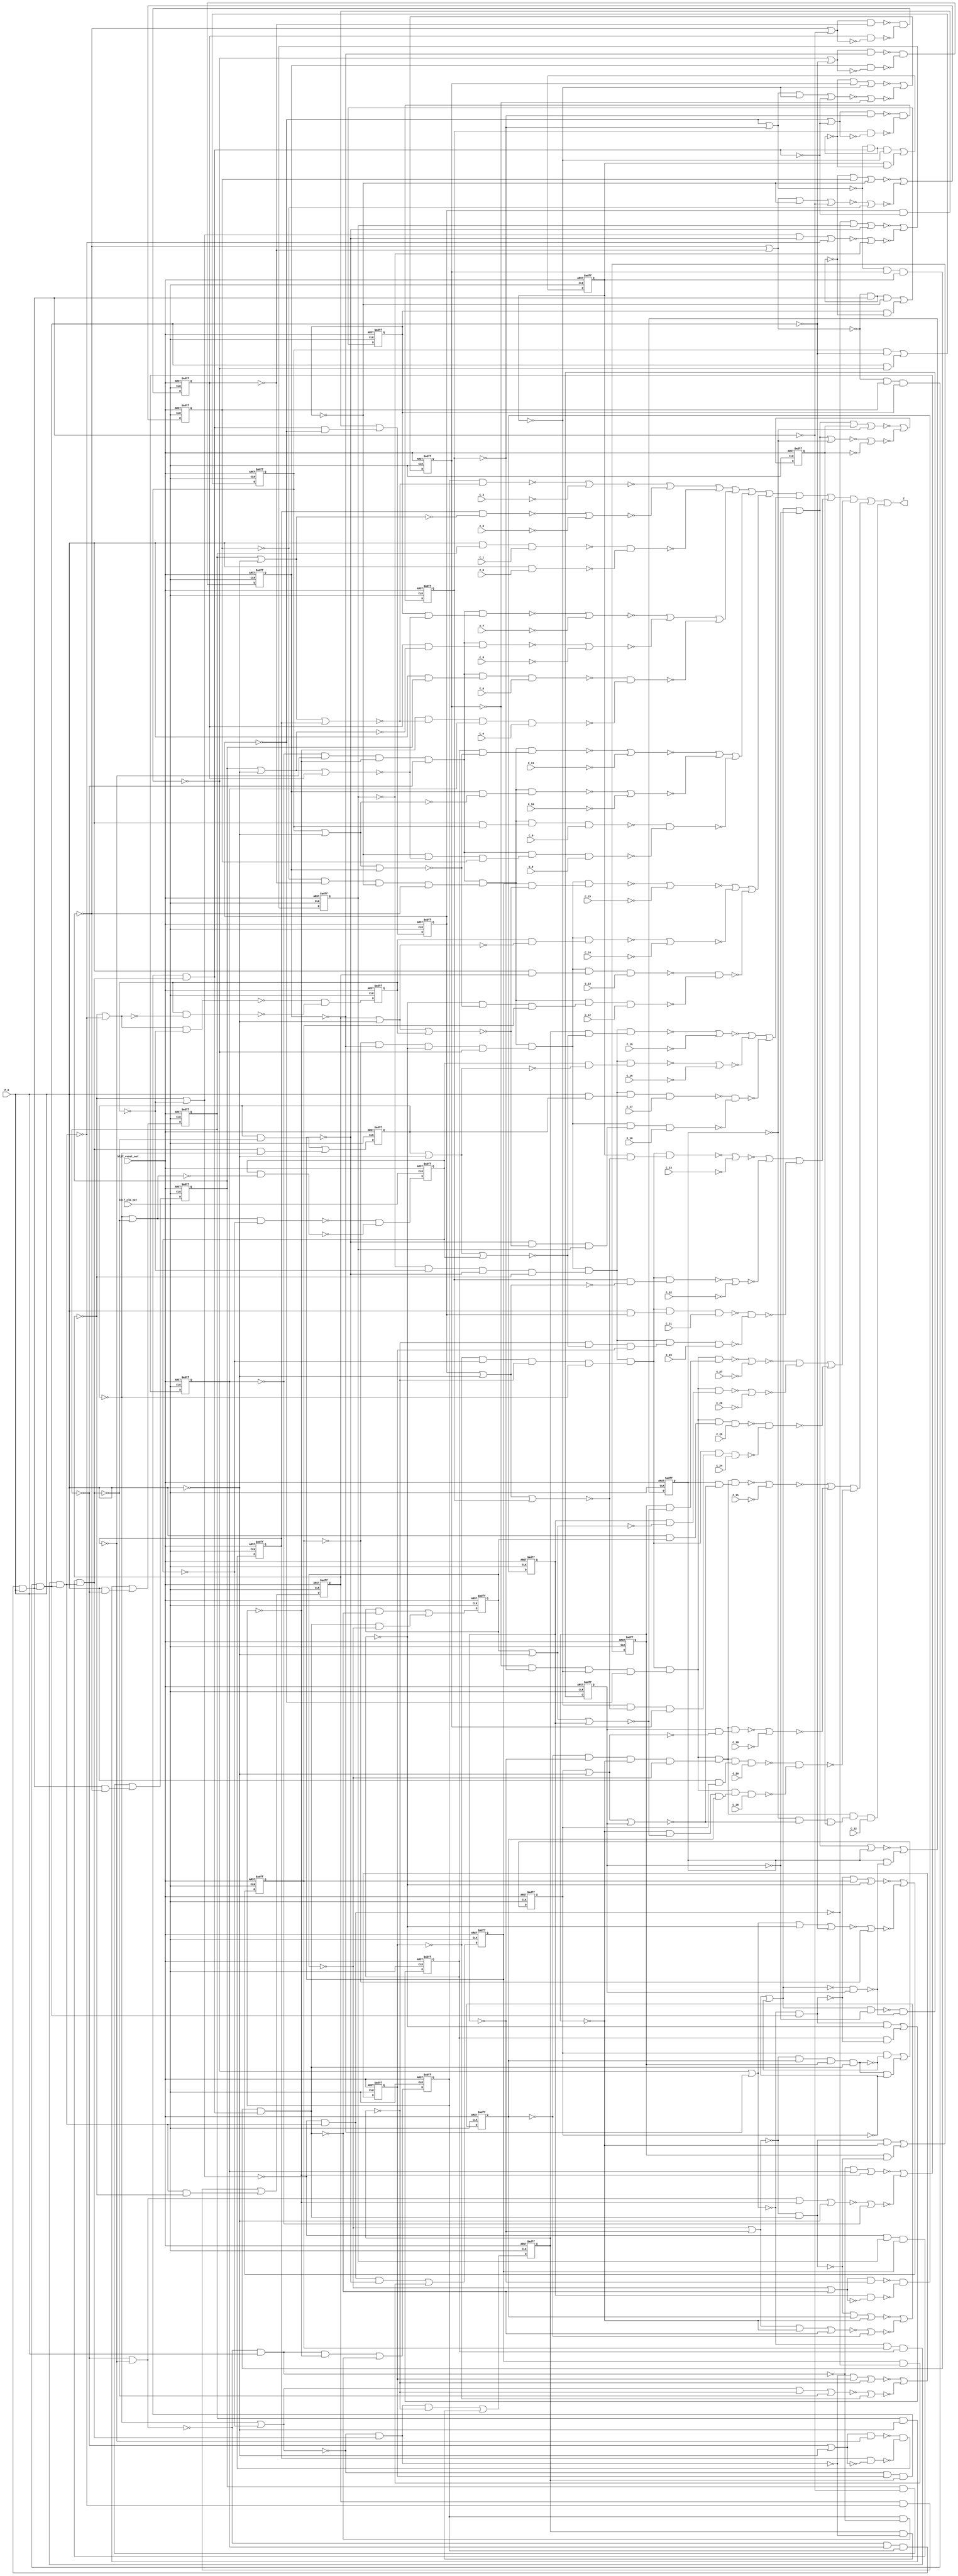
module s838_1_bench(
  blif_clk_net,
  blif_reset_net,
  P_0,
  C_32,
  C_31,
  C_30,
  C_29,
  C_28,
  C_27,
  C_26,
  C_25,
  C_24,
  C_23,
  C_22,
  C_21,
  C_20,
  C_19,
  C_18,
  C_17,
  C_16,
  C_15,
  C_14,
  C_13,
  C_12,
  C_11,
  C_10,
  C_9,
  C_8,
  C_7,
  C_6,
  C_5,
  C_4,
  C_3,
  C_2,
  C_1,
  C_0,
  Z);
input blif_clk_net;
input blif_reset_net;
input P_0;
input C_32;
input C_31;
input C_30;
input C_29;
input C_28;
input C_27;
input C_26;
input C_25;
input C_24;
input C_23;
input C_22;
input C_21;
input C_20;
input C_19;
input C_18;
input C_17;
input C_16;
input C_15;
input C_14;
input C_13;
input C_12;
input C_11;
input C_10;
input C_9;
input C_8;
input C_7;
input C_6;
input C_5;
input C_4;
input C_3;
input C_2;
input C_1;
input C_0;
output Z;
reg X_4;
reg X_3;
reg X_2;
reg X_1;
reg X_8;
reg X_7;
reg X_6;
reg X_5;
reg X_12;
reg X_11;
reg X_10;
reg X_9;
reg X_16;
reg X_15;
reg X_14;
reg X_13;
reg X_20;
reg X_19;
reg X_18;
reg X_17;
reg X_24;
reg X_23;
reg X_22;
reg X_21;
reg X_28;
reg X_27;
reg X_26;
reg X_25;
reg X_32;
reg X_31;
reg X_30;
reg X_29;
wire I949;
wire I1_5;
wire I1194;
wire I658_1;
wire P_7;
wire I1155_1;
wire I752;
wire I105_4;
wire I661_1;
wire I701;
wire I1_6;
wire I497_3;
wire I816;
wire I1106;
wire I1061_5;
wire I556;
wire I465_1;
wire I1243;
wire I578_2;
wire I407;
wire I363;
wire I244;
wire I15;
wire I1083_2;
wire I503;
wire I265;
wire P_16;
wire I1218;
wire I799_7;
wire I193_1;
wire I1061_2;
wire I894;
wire I804_4;
wire I442;
wire I480_3;
wire I699;
wire I874;
wire I595_2;
wire I209;
wire I1150;
wire I269_2;
wire I291_1;
wire I865;
wire P_24;
wire I1062_4;
wire I838;
wire I1159_2;
wire I602;
wire I946;
wire I112;
wire P_30;
wire I578_4;
wire I208;
wire I578_1;
wire I804_3;
wire I801_4;
wire I800_7;
wire I269_1;
wire I595_1;
wire I1195;
wire I186_1;
wire I804_5;
wire I661_2;
wire I801_8;
wire I799_8;
wire I803_2;
wire I683_1;
wire I110;
wire I803_1;
wire I809;
wire I636;
wire I462_1;
wire I1083_1;
wire I164;
wire I389_1;
wire P_14;
wire I1151;
wire I802_7;
wire I504;
wire I111;
wire I1123;
wire I358;
wire I203_1;
wire I497_4;
wire P_25;
wire I1061_4;
wire I864;
wire I306;
wire I844;
wire I1062_3;
wire I804_2;
wire I753;
wire I66;
wire I1_4;
wire I563_3;
wire I7_3;
wire I693_1;
wire I441;
wire I367_1;
wire I601;
wire I465_4;
wire I956;
wire I301_1;
wire I676_3;
wire I1203_1;
wire I1079;
wire I246;
wire I947;
wire I836;
wire I1002;
wire I113;
wire I799_5;
wire I342;
wire I872;
wire I776_1;
wire I69;
wire I1103;
wire I800_2;
wire I652;
wire I921;
wire I950;
wire P_1;
wire I364_1;
wire I7_1;
wire I1146;
wire I801_3;
wire P_2;
wire I676_2;
wire I1207_2;
wire I2_7;
wire I693_2;
wire I770_1;
wire I1_3;
wire I1062_6;
wire I1013;
wire I747;
wire I750;
wire I661_3;
wire I171_4;
wire I803_4;
wire I167;
wire I902;
wire I480_1;
wire I284_2;
wire I502;
wire I258;
wire I978;
wire I105_1;
wire I13;
wire I1_2;
wire I168_1;
wire I301_2;
wire I186_3;
wire I1178;
wire I600;
wire P_22;
wire I1222;
wire I88_2;
wire I654;
wire I73_3;
wire I563_4;
wire I367_4;
wire I203_2;
wire I309;
wire I269_4;
wire P_23;
wire I920;
wire I892;
wire I12;
wire P_9;
wire I1087_2;
wire I497_1;
wire I7_2;
wire I1203_2;
wire I505;
wire I1078;
wire I928;
wire I1003;
wire I800_4;
wire I382_3;
wire I1111_2;
wire I1251_1;
wire I799_4;
wire I801_6;
wire I62;
wire I404;
wire I802_6;
wire I171_3;
wire I186_2;
wire I480_2;
wire I751;
wire I1062_5;
wire I637;
wire I595_3;
wire I803_3;
wire I866;
wire I563_1;
wire I770_2;
wire I264;
wire I1251_2;
wire I356;
wire I1130;
wire I269_3;
wire I578_3;
wire I749;
wire I162;
wire I837;
wire I1061_3;
wire I458;
wire I497_2;
wire I676_1;
wire I1087_1;
wire I540;
wire I203_3;
wire I14;
wire I343;
wire I661_4;
wire P_15;
wire I73_4;
wire I465_3;
wire I88_1;
wire I262;
wire I802_2;
wire P_28;
wire I203_4;
wire I1179_2;
wire I308;
wire I1255_2;
wire I835;
wire I987;
wire I846;
wire I650;
wire I2_6;
wire I903;
wire I977;
wire I922;
wire I88_4;
wire I799_3;
wire I211;
wire I959;
wire I2_2;
wire I801_5;
wire I456;
wire I890;
wire I803_5;
wire P_4;
wire I1131_1;
wire I399_4;
wire I147;
wire I1226;
wire P_11;
wire I554;
wire P_20;
wire I806;
wire I1250;
wire I146;
wire I770_3;
wire I563_2;
wire I810;
wire I405;
wire I461;
wire I1242;
wire I1062_8;
wire I700;
wire I382_2;
wire I693_4;
wire I73_1;
wire P_6;
wire I105_3;
wire I1004;
wire I560_1;
wire I367_2;
wire I918;
wire I1247;
wire P_3;
wire I803_6;
wire I1255_1;
wire I160;
wire I307;
wire I171_1;
wire I1159_1;
wire I2_3;
wire I863;
wire I800_6;
wire I284_1;
wire I930;
wire I559;
wire I693_3;
wire I1199;
wire I245;
wire I799_2;
wire I847;
wire I1231_2;
wire I552;
wire I1207_1;
wire I976;
wire I755_1;
wire P_29;
wire I1135_1;
wire I1135_2;
wire I802_3;
wire I802_8;
wire I1155_2;
wire I595_4;
wire I539;
wire I900;
wire I1102;
wire P_21;
wire I1111_1;
wire I367_3;
wire I406;
wire I360;
wire I958;
wire I1062_7;
wire I382_1;
wire I1147;
wire I1_8;
wire I1126;
wire I984;
wire I893;
wire I1014;
wire I399_3;
wire P_13;
wire I105_2;
wire I818;
wire I171_2;
wire I1154;
wire I399_1;
wire I1005;
wire I1223;
wire I800_3;
wire I808;
wire P_26;
wire I758_1;
wire I1122;
wire I487_1;
wire I1062_2;
wire I1061_1;
wire I88_3;
wire I465_2;
wire P_10;
wire I50;
wire I73_2;
wire I803_7;
wire I1006;
wire I399_2;
wire I440;
wire I801_7;
wire I301_3;
wire I538;
wire I480_4;
wire I802_4;
wire I1183_1;
wire I1075;
wire I779_1;
wire I800_8;
wire I1198;
wire I770_4;
wire P_17;
wire I657;
wire I1174;
wire I1107_2;
wire I186_4;
wire I585_1;
wire I1062_9;
wire I737;
wire I975;
wire I49;
wire I64;
wire I1127;
wire I558;
wire I804_6;
wire I260;
wire I382_4;
wire I148;
wire P_31;
wire I1061_7;
wire I1231_1;
wire I931;
wire I948;
wire I301_4;
wire I1227_2;
wire P_18;
wire I1171;
wire I95_1;
wire I284_4;
wire I166;
wire I7_4;
wire I986;
wire I1_7;
wire I1061_8;
wire I1175;
wire I1011;
wire P_8;
wire I801_2;
wire I1107_1;
wire I676_4;
wire I1098;
wire I2_5;
wire I819;
wire I807;
wire I68;
wire I638;
wire I1246;
wire I834;
wire I1074;
wire I891;
wire I799_6;
wire I1131_2;
wire I1183_2;
wire I656;
wire I460;
wire P_27;
wire I362;
wire I802_5;
wire I344;
wire P_12;
wire I875;
wire I1170;
wire I736;
wire I2_4;
wire I919;
wire I1061_6;
wire I210;
wire I70_1;
wire I804_7;
wire I454;
wire I1179_1;
wire I1219;
wire I800_5;
wire I284_3;
wire I2_1;
wire I266_1;
wire I1227_1;
wire P_32;
wire I1099;
wire I1082;
wire I1202;
wire I603;
wire I698;
wire P_19;
wire P_5;
wire I974;
wire I862;
wire I48;
always @(posedge blif_clk_net or posedge blif_reset_net)
  if(blif_reset_net == 1)
    X_4 <= 0;
  else
    X_4 <= I12;
always @(posedge blif_clk_net or posedge blif_reset_net)
  if(blif_reset_net == 1)
    X_3 <= 0;
  else
    X_3 <= I13;
always @(posedge blif_clk_net or posedge blif_reset_net)
  if(blif_reset_net == 1)
    X_2 <= 0;
  else
    X_2 <= I14;
always @(posedge blif_clk_net or posedge blif_reset_net)
  if(blif_reset_net == 1)
    X_1 <= 0;
  else
    X_1 <= I15;
always @(posedge blif_clk_net or posedge blif_reset_net)
  if(blif_reset_net == 1)
    X_8 <= 0;
  else
    X_8 <= I110;
always @(posedge blif_clk_net or posedge blif_reset_net)
  if(blif_reset_net == 1)
    X_7 <= 0;
  else
    X_7 <= I111;
always @(posedge blif_clk_net or posedge blif_reset_net)
  if(blif_reset_net == 1)
    X_6 <= 0;
  else
    X_6 <= I112;
always @(posedge blif_clk_net or posedge blif_reset_net)
  if(blif_reset_net == 1)
    X_5 <= 0;
  else
    X_5 <= I113;
always @(posedge blif_clk_net or posedge blif_reset_net)
  if(blif_reset_net == 1)
    X_12 <= 0;
  else
    X_12 <= I208;
always @(posedge blif_clk_net or posedge blif_reset_net)
  if(blif_reset_net == 1)
    X_11 <= 0;
  else
    X_11 <= I209;
always @(posedge blif_clk_net or posedge blif_reset_net)
  if(blif_reset_net == 1)
    X_10 <= 0;
  else
    X_10 <= I210;
always @(posedge blif_clk_net or posedge blif_reset_net)
  if(blif_reset_net == 1)
    X_9 <= 0;
  else
    X_9 <= I211;
always @(posedge blif_clk_net or posedge blif_reset_net)
  if(blif_reset_net == 1)
    X_16 <= 0;
  else
    X_16 <= I306;
always @(posedge blif_clk_net or posedge blif_reset_net)
  if(blif_reset_net == 1)
    X_15 <= 0;
  else
    X_15 <= I307;
always @(posedge blif_clk_net or posedge blif_reset_net)
  if(blif_reset_net == 1)
    X_14 <= 0;
  else
    X_14 <= I308;
always @(posedge blif_clk_net or posedge blif_reset_net)
  if(blif_reset_net == 1)
    X_13 <= 0;
  else
    X_13 <= I309;
always @(posedge blif_clk_net or posedge blif_reset_net)
  if(blif_reset_net == 1)
    X_20 <= 0;
  else
    X_20 <= I404;
always @(posedge blif_clk_net or posedge blif_reset_net)
  if(blif_reset_net == 1)
    X_19 <= 0;
  else
    X_19 <= I405;
always @(posedge blif_clk_net or posedge blif_reset_net)
  if(blif_reset_net == 1)
    X_18 <= 0;
  else
    X_18 <= I406;
always @(posedge blif_clk_net or posedge blif_reset_net)
  if(blif_reset_net == 1)
    X_17 <= 0;
  else
    X_17 <= I407;
always @(posedge blif_clk_net or posedge blif_reset_net)
  if(blif_reset_net == 1)
    X_24 <= 0;
  else
    X_24 <= I502;
always @(posedge blif_clk_net or posedge blif_reset_net)
  if(blif_reset_net == 1)
    X_23 <= 0;
  else
    X_23 <= I503;
always @(posedge blif_clk_net or posedge blif_reset_net)
  if(blif_reset_net == 1)
    X_22 <= 0;
  else
    X_22 <= I504;
always @(posedge blif_clk_net or posedge blif_reset_net)
  if(blif_reset_net == 1)
    X_21 <= 0;
  else
    X_21 <= I505;
always @(posedge blif_clk_net or posedge blif_reset_net)
  if(blif_reset_net == 1)
    X_28 <= 0;
  else
    X_28 <= I600;
always @(posedge blif_clk_net or posedge blif_reset_net)
  if(blif_reset_net == 1)
    X_27 <= 0;
  else
    X_27 <= I601;
always @(posedge blif_clk_net or posedge blif_reset_net)
  if(blif_reset_net == 1)
    X_26 <= 0;
  else
    X_26 <= I602;
always @(posedge blif_clk_net or posedge blif_reset_net)
  if(blif_reset_net == 1)
    X_25 <= 0;
  else
    X_25 <= I603;
always @(posedge blif_clk_net or posedge blif_reset_net)
  if(blif_reset_net == 1)
    X_32 <= 0;
  else
    X_32 <= I698;
always @(posedge blif_clk_net or posedge blif_reset_net)
  if(blif_reset_net == 1)
    X_31 <= 0;
  else
    X_31 <= I699;
always @(posedge blif_clk_net or posedge blif_reset_net)
  if(blif_reset_net == 1)
    X_30 <= 0;
  else
    X_30 <= I700;
always @(posedge blif_clk_net or posedge blif_reset_net)
  if(blif_reset_net == 1)
    X_29 <= 0;
  else
    X_29 <= I701;
assign I465_3 = (I461&I465_2);
assign I949 = ((~X_23));
assign I1_5 = (I2_4&I1_4);
assign I1194 = ((~P_22));
assign I262 = ((~X_9))|((~I1_3));
assign I88_1 = ((~X_1));
assign P_28 = (I804_6&I802_7);
assign I802_2 = ((~X_7)&(~I844)&(~I838));
assign I1179_2 = (I1170)|(I1174);
assign I203_4 = (X_10&I203_1);
assign I658_1 = (I656)|(X_28)|(I638);
assign P_7 = (I803_1&I801_2);
assign I308 = ((~I301_3)&(~I301_4));
assign I1155_1 = (I1147)|(I1151);
assign I1255_2 = (P_28&C_28);
assign I752 = ((~I751));
assign I835 = ((~X_5));
assign I987 = ((~I986));
assign I105_4 = (X_6&I105_1);
assign I661_1 = ((~I657));
assign I701 = (I770_3)|(I770_4);
assign I1_6 = (I2_5&I1_5);
assign I846 = ((~I835))|((~P_0));
assign I650 = ((~I683_1))|((~X_28));
assign I497_3 = (I556&I497_2);
assign I816 = ((~I819))|((~I808));
assign I2_6 = ((~I554)&(~I539)&(~I540));
assign I903 = ((~I902));
assign I1106 = ((~I1111_1)&(~I1111_2));
assign I1061_5 = ((~I1179_1))|((~I1179_2))|((~I1178));
assign I977 = ((~X_27));
assign I556 = ((~X_21))|((~I1_6));
assign I465_1 = ((~I461));
assign I922 = ((~X_20));
assign I88_4 = (P_0&I88_1);
assign I799_3 = ((~I862)&(~I863));
assign I1243 = ((~P_31));
assign I578_2 = ((~I1_6));
assign I211 = (I284_3)|(I284_4);
assign I959 = ((~I958));
assign I407 = (I480_3)|(I480_4);
assign I363 = ((~I358)&(~I342));
assign I2_2 = ((~I162)&(~I147)&(~I148));
assign I244 = ((~I1_3));
assign I15 = (I88_3)|(I88_4);
assign I801_5 = ((~I921)&(~I928));
assign I456 = ((~X_17))|((~X_18));
assign I1083_2 = (I1074)|(I1078);
assign I803_5 = ((~X_20)&(~X_18)&(~X_19)&(~X_17));
assign I890 = ((~P_0));
assign I503 = (I563_3)|(I563_4);
assign I1131_1 = (I1123)|(I1127);
assign P_4 = ((~X_3)&(~I816)&(~I810));
assign I399_4 = (X_18&I399_1);
assign I147 = ((~X_8));
assign I1226 = ((~I1231_1)&(~I1231_2));
assign I265 = ((~I260)&(~I244));
assign P_16 = (I804_3&I802_4);
assign P_11 = (I804_2&I801_3);
assign I554 = ((~X_21))|((~X_22));
assign I1218 = ((~P_26));
assign I799_7 = ((~I974)&(~I975));
assign Z = (I1062_8)|(I1062_9);
assign I193_1 = (I162)|(I148)|(I146);
assign P_20 = (I804_4&I802_5);
assign I1250 = ((~I1255_1)&(~I1255_2));
assign I806 = ((~P_0));
assign I1061_2 = ((~I1107_1))|((~I1107_2))|((~I1106));
assign I894 = ((~X_16));
assign I146 = ((~I1_2));
assign I804_4 = (I804_3&I803_4);
assign I770_3 = (X_29&I770_2);
assign I480_3 = (X_17&I480_2);
assign I810 = ((~X_4));
assign I563_2 = ((~X_23));
assign I442 = ((~X_19));
assign I1242 = ((~P_30));
assign I461 = ((~I456)&(~I440));
assign I405 = (I465_3)|(I465_4);
assign I1062_8 = (I1062_7)|(I1061_8);
assign I699 = ((~I758_1))|((~I749));
assign I382_2 = ((~I1_4));
assign I700 = ((~I693_3)&(~I693_4));
assign I693_4 = (X_30&I693_1);
assign I874 = ((~I863))|((~P_0));
assign I595_2 = ((~X_26));
assign I209 = (I269_3)|(I269_4);
assign I1150 = ((~C_14));
assign I269_2 = ((~X_11));
assign I73_1 = ((~I69));
assign I291_1 = (I260)|(I246)|(I244);
assign P_6 = (I803_1&I800_2);
assign I865 = ((~X_11));
assign I105_3 = (I164&I105_2);
assign P_24 = (I804_5&I802_6);
assign I1062_4 = (I1062_3)|(I1061_4);
assign I838 = ((~X_8));
assign I1004 = ((~X_30));
assign I1159_2 = (P_12&C_12);
assign I602 = ((~I595_3)&(~I595_4));
assign I560_1 = (I558)|(X_24)|(I540);
assign I946 = ((~P_0));
assign I367_2 = ((~X_15));
assign I918 = ((~P_0));
assign I112 = ((~I105_3)&(~I105_4));
assign I1247 = ((~C_31));
assign I578_4 = (I1_6&I578_1);
assign P_30 = (I804_7&I800_8);
assign I803_6 = ((~X_24)&(~X_22)&(~X_23)&(~X_21));
assign P_3 = ((~I809)&(~I816));
assign I1255_1 = (P_29&C_29);
assign I208 = ((~I266_1))|((~I258));
assign I160 = ((~I193_1))|((~X_8));
assign I307 = (I367_3)|(I367_4);
assign I171_1 = ((~I167));
assign I1159_1 = (P_13&C_13);
assign I578_1 = ((~X_21));
assign I804_3 = (I804_2&I803_3);
assign I801_4 = ((~I893)&(~I900));
assign I2_3 = ((~I260)&(~I245)&(~I246));
assign I863 = ((~X_9));
assign I800_7 = ((~I976)&(~I986));
assign I800_6 = ((~I948)&(~I958));
assign I269_1 = ((~I265));
assign I595_1 = ((~I654));
assign I930 = ((~I919))|((~P_0));
assign I284_1 = ((~X_9));
assign I1195 = ((~P_23));
assign I186_1 = ((~X_5));
assign I559 = ((~I554)&(~I538));
assign I693_3 = (I751&I693_2);
assign I1199 = ((~C_23));
assign I245 = ((~X_12));
assign I804_5 = (I804_4&I803_5);
assign I799_2 = ((~I834)&(~I835));
assign I1231_2 = (P_24&C_24);
assign I847 = ((~I846));
assign I661_2 = ((~X_27));
assign I801_8 = ((~I1005)&(~I1011));
assign I799_8 = ((~I1002)&(~I1003));
assign I803_2 = ((~X_8)&(~X_6)&(~X_7)&(~X_5));
assign I552 = ((~I585_1))|((~X_24));
assign I683_1 = (I652)|(I638)|(I636);
assign I1207_1 = (P_21&C_21);
assign I110 = ((~I168_1))|((~I160));
assign I803_1 = ((~X_4)&(~X_2)&(~X_3)&(~X_1));
assign I976 = ((~X_26));
assign I809 = ((~X_3));
assign I636 = ((~I1_7));
assign I755_1 = (I753)|(X_32)|(I736);
assign I462_1 = (I460)|(X_20)|(I442);
assign P_29 = (I804_7&I799_8);
assign I1083_1 = (I1075)|(I1079);
assign I1135_1 = (P_9&C_9);
assign I1135_2 = (P_8&C_8);
assign I802_8 = ((~X_31)&(~I1011)&(~I1006));
assign I802_3 = ((~X_11)&(~I872)&(~I866));
assign I164 = ((~X_5))|((~I1_2));
assign I389_1 = (I358)|(I344)|(I342);
assign I1155_2 = (I1146)|(I1150);
assign P_14 = (I804_3&I800_4);
assign I1151 = ((~C_15));
assign I900 = ((~I903))|((~I892));
assign I802_7 = ((~X_27)&(~I984)&(~I978));
assign I595_4 = (X_26&I595_1);
assign I539 = ((~X_24));
assign I504 = ((~I497_3)&(~I497_4));
assign I1102 = ((~C_6));
assign I111 = (I171_3)|(I171_4);
assign I1123 = ((~P_11));
assign P_21 = (I804_5&I799_6);
assign I1111_1 = (P_5&C_5);
assign I358 = ((~X_13))|((~X_14));
assign I367_3 = (I363&I367_2);
assign I203_1 = ((~I262));
assign I406 = ((~I399_3)&(~I399_4));
assign I1062_7 = (I1062_6)|(I1061_7);
assign I958 = ((~I947))|((~P_0));
assign I360 = ((~X_13))|((~I1_4));
assign I497_4 = (X_22&I497_1);
assign I1147 = ((~P_15));
assign I382_1 = ((~X_13));
assign P_25 = (I804_6&I799_7);
assign I1061_4 = ((~I1155_1))|((~I1155_2))|((~I1154));
assign I984 = ((~I987))|((~I976));
assign I1126 = ((~C_10));
assign I1_8 = (I2_7&I1_7);
assign I893 = ((~X_15));
assign I864 = ((~X_10));
assign I1014 = ((~I1013));
assign I306 = ((~I364_1))|((~I356));
assign I844 = ((~I847))|((~I836));
assign P_13 = (I804_3&I799_4);
assign I399_3 = (I458&I399_2);
assign I818 = ((~I807))|((~P_0));
assign I105_2 = ((~X_6));
assign I1062_3 = (I1062_2)|(I1061_3);
assign I804_2 = (I803_1&I803_2);
assign I753 = ((~I752))|((~X_30));
assign I66 = ((~X_1))|((~P_0));
assign I1154 = ((~I1159_1)&(~I1159_2));
assign I563_3 = (I559&I563_2);
assign I171_2 = ((~X_7));
assign I1_4 = (I2_3&I1_3);
assign I7_3 = (I66&I7_2);
assign I693_1 = ((~I751));
assign I1005 = ((~X_31));
assign I399_1 = ((~I458));
assign I367_1 = ((~I363));
assign I441 = ((~X_20));
assign I601 = (I661_3)|(I661_4);
assign I465_4 = (X_19&I465_1);
assign I1223 = ((~C_27));
assign I800_3 = ((~I864)&(~I874));
assign I956 = ((~I959))|((~I948));
assign I301_1 = ((~I360));
assign I676_3 = (X_25&I676_2);
assign I1203_1 = (I1195)|(I1199);
assign I808 = ((~X_2));
assign P_26 = (I804_6&I800_7);
assign I758_1 = (I753)|(X_31);
assign I487_1 = (I456)|(I442)|(I440);
assign I1122 = ((~P_10));
assign I1062_2 = (I1061_1)|(I1061_2);
assign I1079 = ((~C_3));
assign I246 = ((~X_11));
assign I1061_1 = ((~I1083_1))|((~I1083_2))|((~I1082));
assign I88_3 = (X_1&I88_2);
assign I465_2 = ((~X_19));
assign I947 = ((~X_21));
assign I836 = ((~X_6));
assign I113 = (I186_3)|(I186_4);
assign I1002 = ((~P_0));
assign I799_5 = ((~I918)&(~I919));
assign I342 = ((~I1_4));
assign P_10 = (I804_2&I800_3);
assign I872 = ((~I875))|((~I864));
assign I50 = ((~X_3));
assign I776_1 = (I751)|(I737)|(I736);
assign I69 = ((~I64)&(~I48));
assign I803_7 = ((~X_28)&(~X_26)&(~X_27)&(~X_25));
assign I73_2 = ((~X_3));
assign I1006 = ((~X_32));
assign I1103 = ((~C_7));
assign I801_7 = ((~I977)&(~I984));
assign I399_2 = ((~X_18));
assign I440 = ((~I1_5));
assign I652 = ((~X_25))|((~X_26));
assign I800_2 = ((~I836)&(~I846));
assign I921 = ((~X_19));
assign I301_3 = (I360&I301_2);
assign I950 = ((~X_24));
assign I1183_1 = (P_17&C_17);
assign P_1 = ((~I806)&(~I807));
assign I802_4 = ((~X_15)&(~I900)&(~I894));
assign I480_4 = (I1_5&I480_1);
assign I538 = ((~I1_6));
assign I1075 = ((~P_3));
assign I364_1 = (I362)|(X_16)|(I344);
assign I779_1 = (I752&X_30);
assign I800_8 = ((~I1004)&(~I1013));
assign I7_1 = ((~I66));
assign I801_3 = ((~I865)&(~I872));
assign I1146 = ((~P_14));
assign I1198 = ((~C_22));
assign I770_4 = (I1_8&I770_1);
assign P_2 = ((~I808)&(~I818));
assign P_17 = (I804_4&I799_5);
assign I657 = ((~I652)&(~I636));
assign I1174 = ((~C_18));
assign I1107_2 = (I1098)|(I1102);
assign I585_1 = (I554)|(I540)|(I538);
assign I186_4 = (I1_2&I186_1);
assign I1062_9 = (P_32&C_32);
assign I676_2 = ((~I1_7));
assign I737 = ((~X_30));
assign I1207_2 = (P_20&C_20);
assign I2_7 = ((~I652)&(~I637)&(~I638));
assign I693_2 = ((~X_30));
assign I1_3 = (I2_2&I1_2);
assign I770_1 = ((~X_29));
assign I975 = ((~X_25));
assign I49 = ((~X_4));
assign I747 = ((~I776_1))|((~X_32));
assign I1062_6 = (I1062_5)|(I1061_6);
assign I1013 = ((~I1003))|((~P_0));
assign I64 = ((~X_1))|((~X_2));
assign I661_3 = (I657&I661_2);
assign I750 = ((~I736)&(~I779_1));
assign I1127 = ((~C_11));
assign I171_4 = (X_7&I171_1);
assign I804_6 = (I804_5&I803_6);
assign I803_4 = ((~X_16)&(~X_14)&(~X_15)&(~X_13));
assign I167 = ((~I162)&(~I146));
assign I558 = ((~I559));
assign I260 = ((~X_9))|((~X_10));
assign I382_4 = (I1_4&I382_1);
assign I148 = ((~X_7));
assign I1061_7 = ((~I1227_1))|((~I1227_2))|((~I1226));
assign I902 = ((~I891))|((~P_0));
assign P_31 = (I804_7&I801_8);
assign I480_1 = ((~X_17));
assign I1231_1 = (P_25&C_25);
assign I284_2 = ((~I1_3));
assign I931 = ((~I930));
assign I258 = ((~I291_1))|((~X_12));
assign I502 = ((~I560_1))|((~I552));
assign I948 = ((~X_22));
assign I1227_2 = (I1218)|(I1222);
assign I301_4 = (X_14&I301_1);
assign P_18 = (I804_4&I800_5);
assign I1171 = ((~P_19));
assign I105_1 = ((~I164));
assign I978 = ((~X_28));
assign I95_1 = (I64)|(I50)|(I48);
assign I1_2 = (I2_1&P_0);
assign I13 = (I73_3)|(I73_4);
assign I284_4 = (I1_3&I284_1);
assign I168_1 = (I166)|(X_8)|(I148);
assign I166 = ((~I167));
assign I301_2 = ((~X_14));
assign I186_3 = (X_5&I186_2);
assign I1178 = ((~I1183_1)&(~I1183_2));
assign I600 = ((~I658_1))|((~I650));
assign I7_4 = (X_2&I7_1);
assign P_22 = (I804_5&I800_6);
assign I88_2 = ((~P_0));
assign I1222 = ((~C_26));
assign I654 = ((~X_25))|((~I1_7));
assign I986 = ((~I975))|((~P_0));
assign I563_4 = (X_23&I563_1);
assign I73_3 = (I69&I73_2);
assign I1_7 = (I2_6&I1_6);
assign I1061_8 = ((~I1251_1))|((~I1251_2))|((~I1250));
assign I367_4 = (X_15&I367_1);
assign I203_2 = ((~X_10));
assign I309 = (I382_3)|(I382_4);
assign I269_4 = (X_11&I269_1);
assign I892 = ((~X_14));
assign I920 = ((~X_18));
assign P_23 = (I804_5&I801_6);
assign I12 = ((~I70_1))|((~I62));
assign P_9 = (I804_2&I799_3);
assign I1175 = ((~C_19));
assign I1087_2 = (P_0&C_0);
assign I1011 = ((~I1014))|((~I1004));
assign I497_1 = ((~I556));
assign P_8 = (I803_1&I802_2);
assign I7_2 = ((~X_2));
assign I1203_2 = (I1194)|(I1198);
assign I801_2 = ((~I837)&(~I844));
assign I1107_1 = (I1099)|(I1103);
assign I505 = (I578_3)|(I578_4);
assign I1078 = ((~C_2));
assign I676_4 = (I1_7&I676_1);
assign I928 = ((~I931))|((~I920));
assign I1098 = ((~P_6));
assign I1003 = ((~X_29));
assign I2_5 = ((~I456)&(~I441)&(~I442));
assign I819 = ((~I818));
assign I800_4 = ((~I892)&(~I902));
assign I807 = ((~X_1));
assign I382_3 = (X_13&I382_2);
assign I638 = ((~X_27));
assign I68 = ((~I69));
assign I1246 = ((~C_30));
assign I834 = ((~P_0));
assign I1074 = ((~P_2));
assign I891 = ((~X_13));
assign I1131_2 = (I1122)|(I1126);
assign I1111_2 = (P_4&C_4);
assign I799_6 = ((~I946)&(~I947));
assign I1251_1 = (I1243)|(I1247);
assign I1183_2 = (P_16&C_16);
assign I799_4 = ((~I890)&(~I891));
assign I656 = ((~I657));
assign I801_6 = ((~I949)&(~I956));
assign I460 = ((~I461));
assign P_27 = (I804_6&I801_7);
assign I362 = ((~I363));
assign I62 = ((~I95_1))|((~X_4));
assign I404 = ((~I462_1))|((~I454));
assign I802_6 = ((~X_23)&(~I956)&(~I950));
assign I802_5 = ((~X_19)&(~I928)&(~I922));
assign I171_3 = (I167&I171_2);
assign I344 = ((~X_15));
assign P_12 = (I804_2&I802_3);
assign I186_2 = ((~I1_2));
assign I480_2 = ((~I1_5));
assign I875 = ((~I874));
assign I1170 = ((~P_18));
assign I751 = ((~X_29))|((~I1_8));
assign I1062_5 = (I1062_4)|(I1061_5);
assign I736 = ((~X_31));
assign I637 = ((~X_28));
assign I595_3 = (I654&I595_2);
assign I803_3 = ((~X_12)&(~X_10)&(~X_11)&(~X_9));
assign I2_4 = ((~I358)&(~I343)&(~I344));
assign I866 = ((~X_12));
assign I919 = ((~X_17));
assign I1061_6 = ((~I1203_1))|((~I1203_2))|((~I1202));
assign I563_1 = ((~I559));
assign I210 = ((~I203_3)&(~I203_4));
assign I70_1 = (I68)|(X_4)|(I50);
assign I770_2 = ((~I1_8));
assign I264 = ((~I265));
assign I804_7 = (I804_6&I803_7);
assign I454 = ((~I487_1))|((~X_20));
assign I1251_2 = (I1242)|(I1246);
assign I1179_1 = (I1171)|(I1175);
assign I356 = ((~I389_1))|((~X_16));
assign I1219 = ((~P_27));
assign I1130 = ((~I1135_1)&(~I1135_2));
assign I800_5 = ((~I920)&(~I930));
assign I578_3 = (X_21&I578_2);
assign I269_3 = (I265&I269_2);
assign I162 = ((~X_5))|((~X_6));
assign I749 = ((~I750));
assign I284_3 = (X_9&I284_2);
assign I1227_1 = (I1219)|(I1223);
assign I266_1 = (I264)|(X_12)|(I246);
assign I2_1 = ((~I64)&(~I49)&(~I50));
assign P_32 = (I804_7&I802_8);
assign I837 = ((~X_7));
assign I1061_3 = ((~I1131_1))|((~I1131_2))|((~I1130));
assign I497_2 = ((~X_22));
assign I458 = ((~X_17))|((~I1_5));
assign I1082 = ((~I1087_1)&(~I1087_2));
assign I676_1 = ((~X_25));
assign I1099 = ((~P_7));
assign I1202 = ((~I1207_1)&(~I1207_2));
assign I603 = (I676_3)|(I676_4);
assign I1087_1 = (P_1&C_1);
assign I540 = ((~X_23));
assign I203_3 = (I262&I203_2);
assign I14 = ((~I7_3)&(~I7_4));
assign I343 = ((~X_16));
assign I698 = ((~I755_1))|((~I747));
assign P_5 = (I803_1&I799_2);
assign I661_4 = (X_27&I661_1);
assign P_19 = (I804_4&I801_5);
assign I974 = ((~P_0));
assign I862 = ((~P_0));
assign P_15 = (I804_3&I801_4);
assign I73_4 = (X_3&I73_1);
assign I48 = ((~P_0));
endmodule